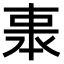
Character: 𠁱